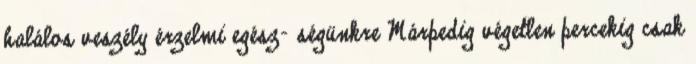
halálos veszély érzelmi egész- ségünkre Márpedig végetlen percekig csak